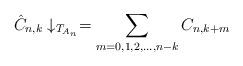
LaTeX: \begin{align*}\hat{C}_{n,k} \downarrow_{T_{A_n}} = \sum_{m=0,1,2,...,n-k} C_{n,k+m}\end{align*}